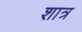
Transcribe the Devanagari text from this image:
शात्र